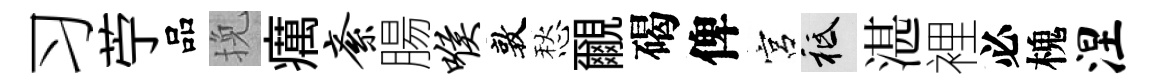
习苧品挽癘紊腸喉敦愁覼碣俾宮祇湛裡必槐涅